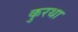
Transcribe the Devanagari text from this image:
कुरथा